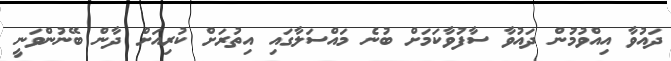
ދައުވާ އިއްވުމުން ދައުވާ ސާފުވާކަމަށް ބުނެ މައްސަލާގައި އިތުރަށް ކުރިއަށް ދާން ބޭނުންވަނީ